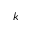
k